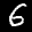
Label: 6